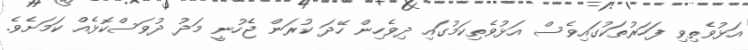
އަޅުވެތިވި ފަހަރުތަކުގައިވެސް އަޅުވެތިކަމުގައި ދިވެހިން ހޭދަ ކުރަން ޖެހުނީ މަދު ދުވަސްކޮޅެއް ކަމަށެވެ.